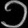
Digit: ၁